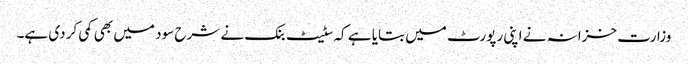
وزارت خزانہ نے اپنی رپورٹ میں بتایا ہے کہ سٹیٹ بنک نے شرح سود میں بھی کمی کر دی ہے۔